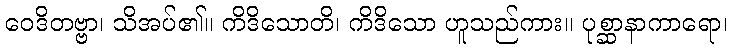
ဝေဒိတဗ္ဗာ၊ သိအပ်၏။ ကိဒိသောတိ၊ ကိဒိသော ဟူသည်ကား။ ပုစ္ဆာနာကာရော၊